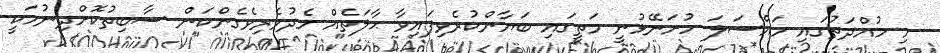
މި މުއްދަތުގައި މައްސަލަ ހުށަނޭޅުނީ މަތީގައި ބަޔާންކުރެވިފައިވާ ޙާލަތެއް މެދުވެރިވެގެންކަން ސާބިތުކޮށްދިނުމަކީ